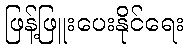
ဖြန့်ဖြူးပေးနိုင်ရေး